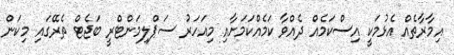
އިމާރާތެއް އެޅުމަކީ އިސްކަމެއް ދެއްވާ ކަމެއްކަމަށާއި މިއަހަރު ސަޕްލިމަންޓްރީ ބަޖެޓް ތެރޭގައި މިކަން